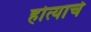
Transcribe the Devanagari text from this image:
होत्याचे